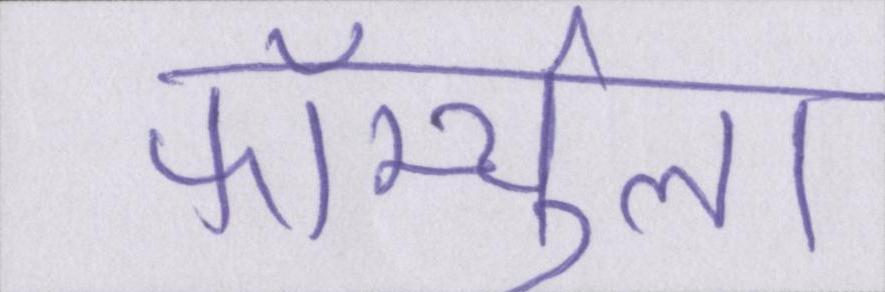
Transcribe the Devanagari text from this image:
फॉर्म्युला